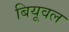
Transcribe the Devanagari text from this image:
बियूवल